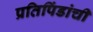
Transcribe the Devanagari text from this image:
प्रतिपिंडांची